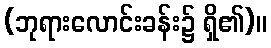
(ဘုရားလောင်းခန်း၌ ရှိ၏)။